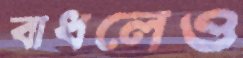
বাধলেও